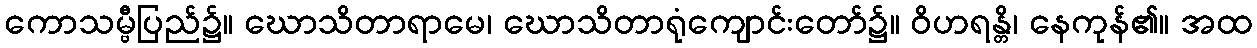
ကောသမ္ဗီပြည်၌။ ဃောသိတာရာမေ၊ ဃောသိတာရုံကျောင်းတော်၌။ ဝိဟရန္တိ၊ နေကုန်၏။ အထ